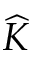
\widehat { K }